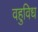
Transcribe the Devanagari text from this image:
वहुविध